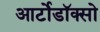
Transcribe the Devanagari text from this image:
आर्टोडॉक्सो